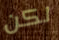
لكن